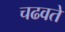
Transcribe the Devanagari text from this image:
चढवते